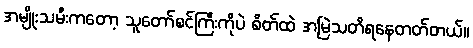
အမျိုးသမီးကတော့ သူတော်စင်ကြီးကိုပဲ စိတ်ထဲ အမြဲသတိရနေတတ်တယ်။